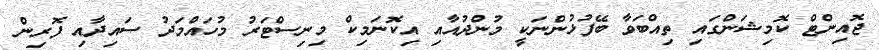
ޖޮއިންޓް ކޮމިޝަންގައި ތިއްބަވާ ބޭފުޅުންނަކީ މުންދުއާއި އިކޮނަމިކް މިނިސްޓަރު މުހައްމަދު ސައިދާއި ފޮރިން